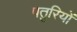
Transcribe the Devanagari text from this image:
पतुरियों